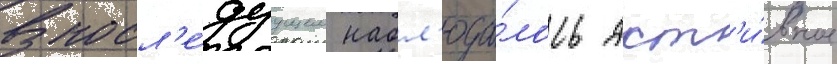
В посл'е́дуущем набл'юда́лось акт'и́вное